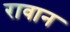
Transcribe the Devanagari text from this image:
रावान